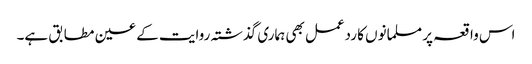
اس واقعہ پر مسلمانوں کا ردعمل بھی ہماری گذشتہ روایت کے عین مطابق ہے۔